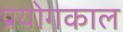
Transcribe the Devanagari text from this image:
प्रयोगकाल